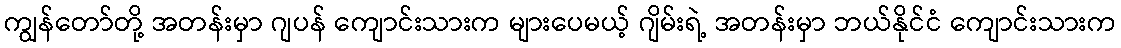
ကျွန်တော်တို့ အတန်းမှာ ဂျပန် ကျောင်းသားက များပေမယ့် ဂျိမ်းရဲ့ အတန်းမှာ ဘယ်နိုင်ငံ ကျောင်းသားက